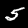
Label: 5